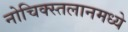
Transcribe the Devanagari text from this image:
नोचिक्स्तलानमध्ये